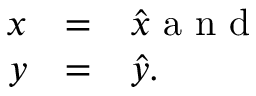
\begin{array} { r c l } { x } & { = } & { \hat { x } \mathrm { ~ a ~ n ~ d ~ } } \\ { y } & { = } & { \hat { y } . } \end{array}